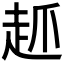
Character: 𲃊